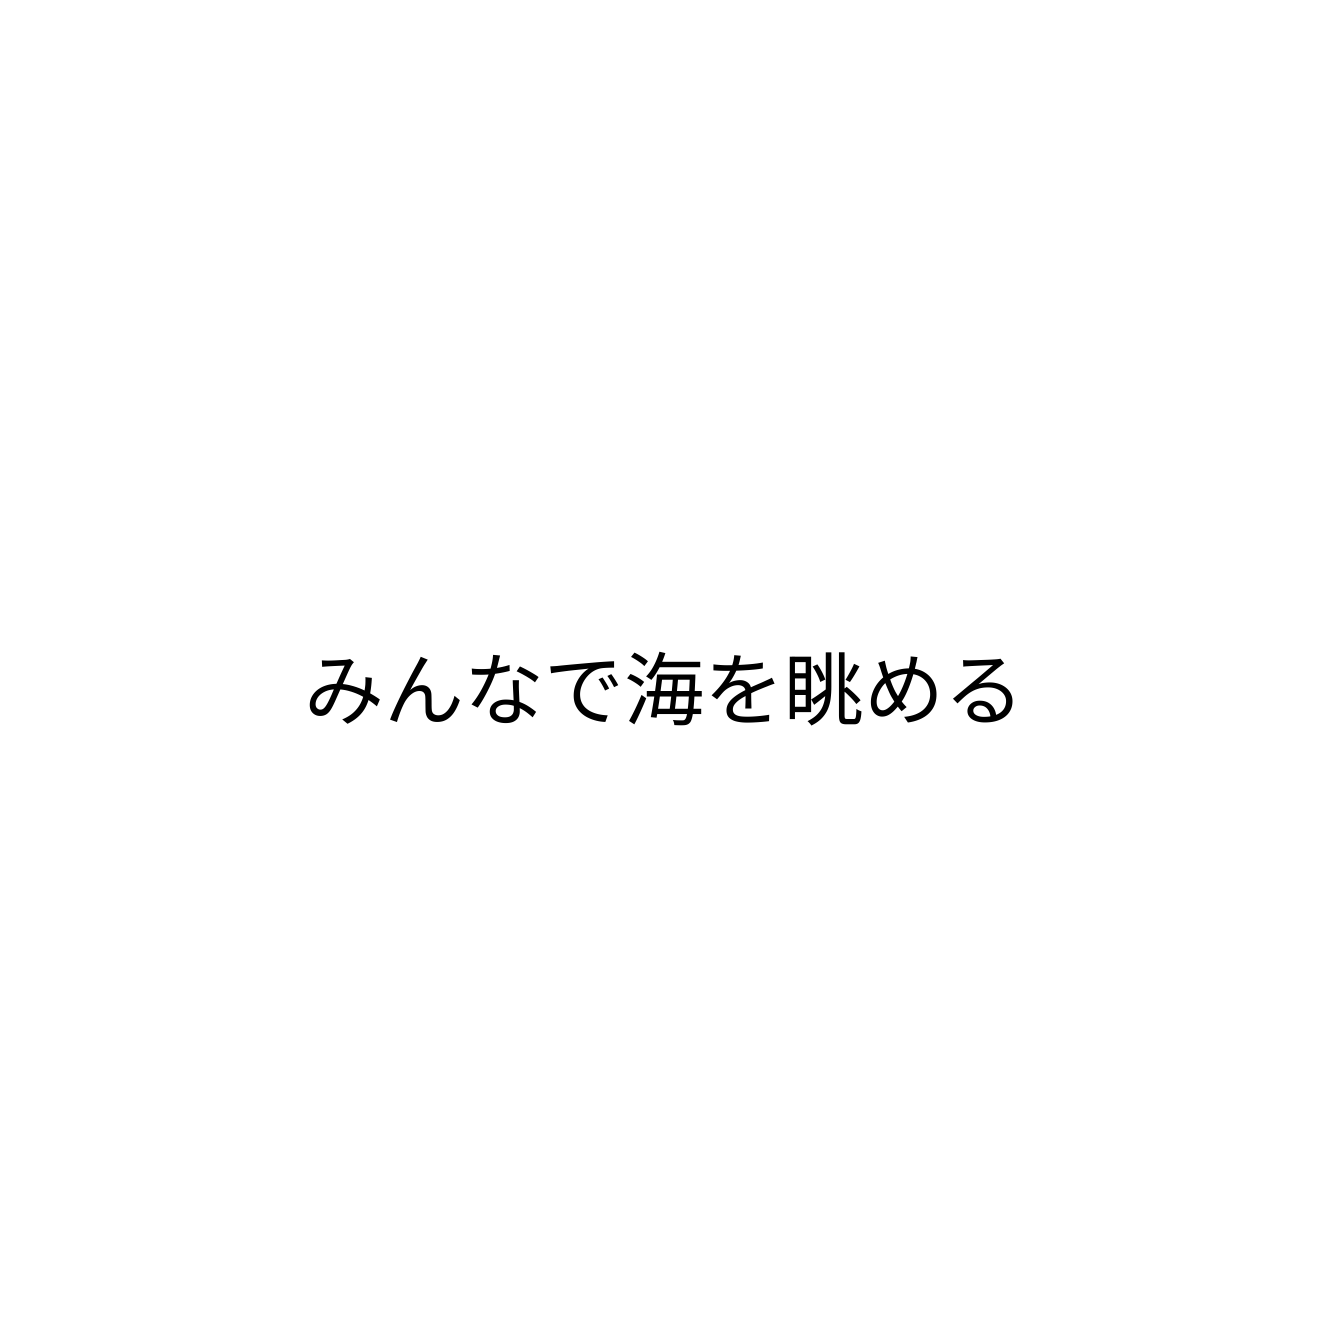
みんなで海を眺める